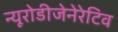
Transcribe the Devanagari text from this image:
न्यूरोडीजेनेरेटिव